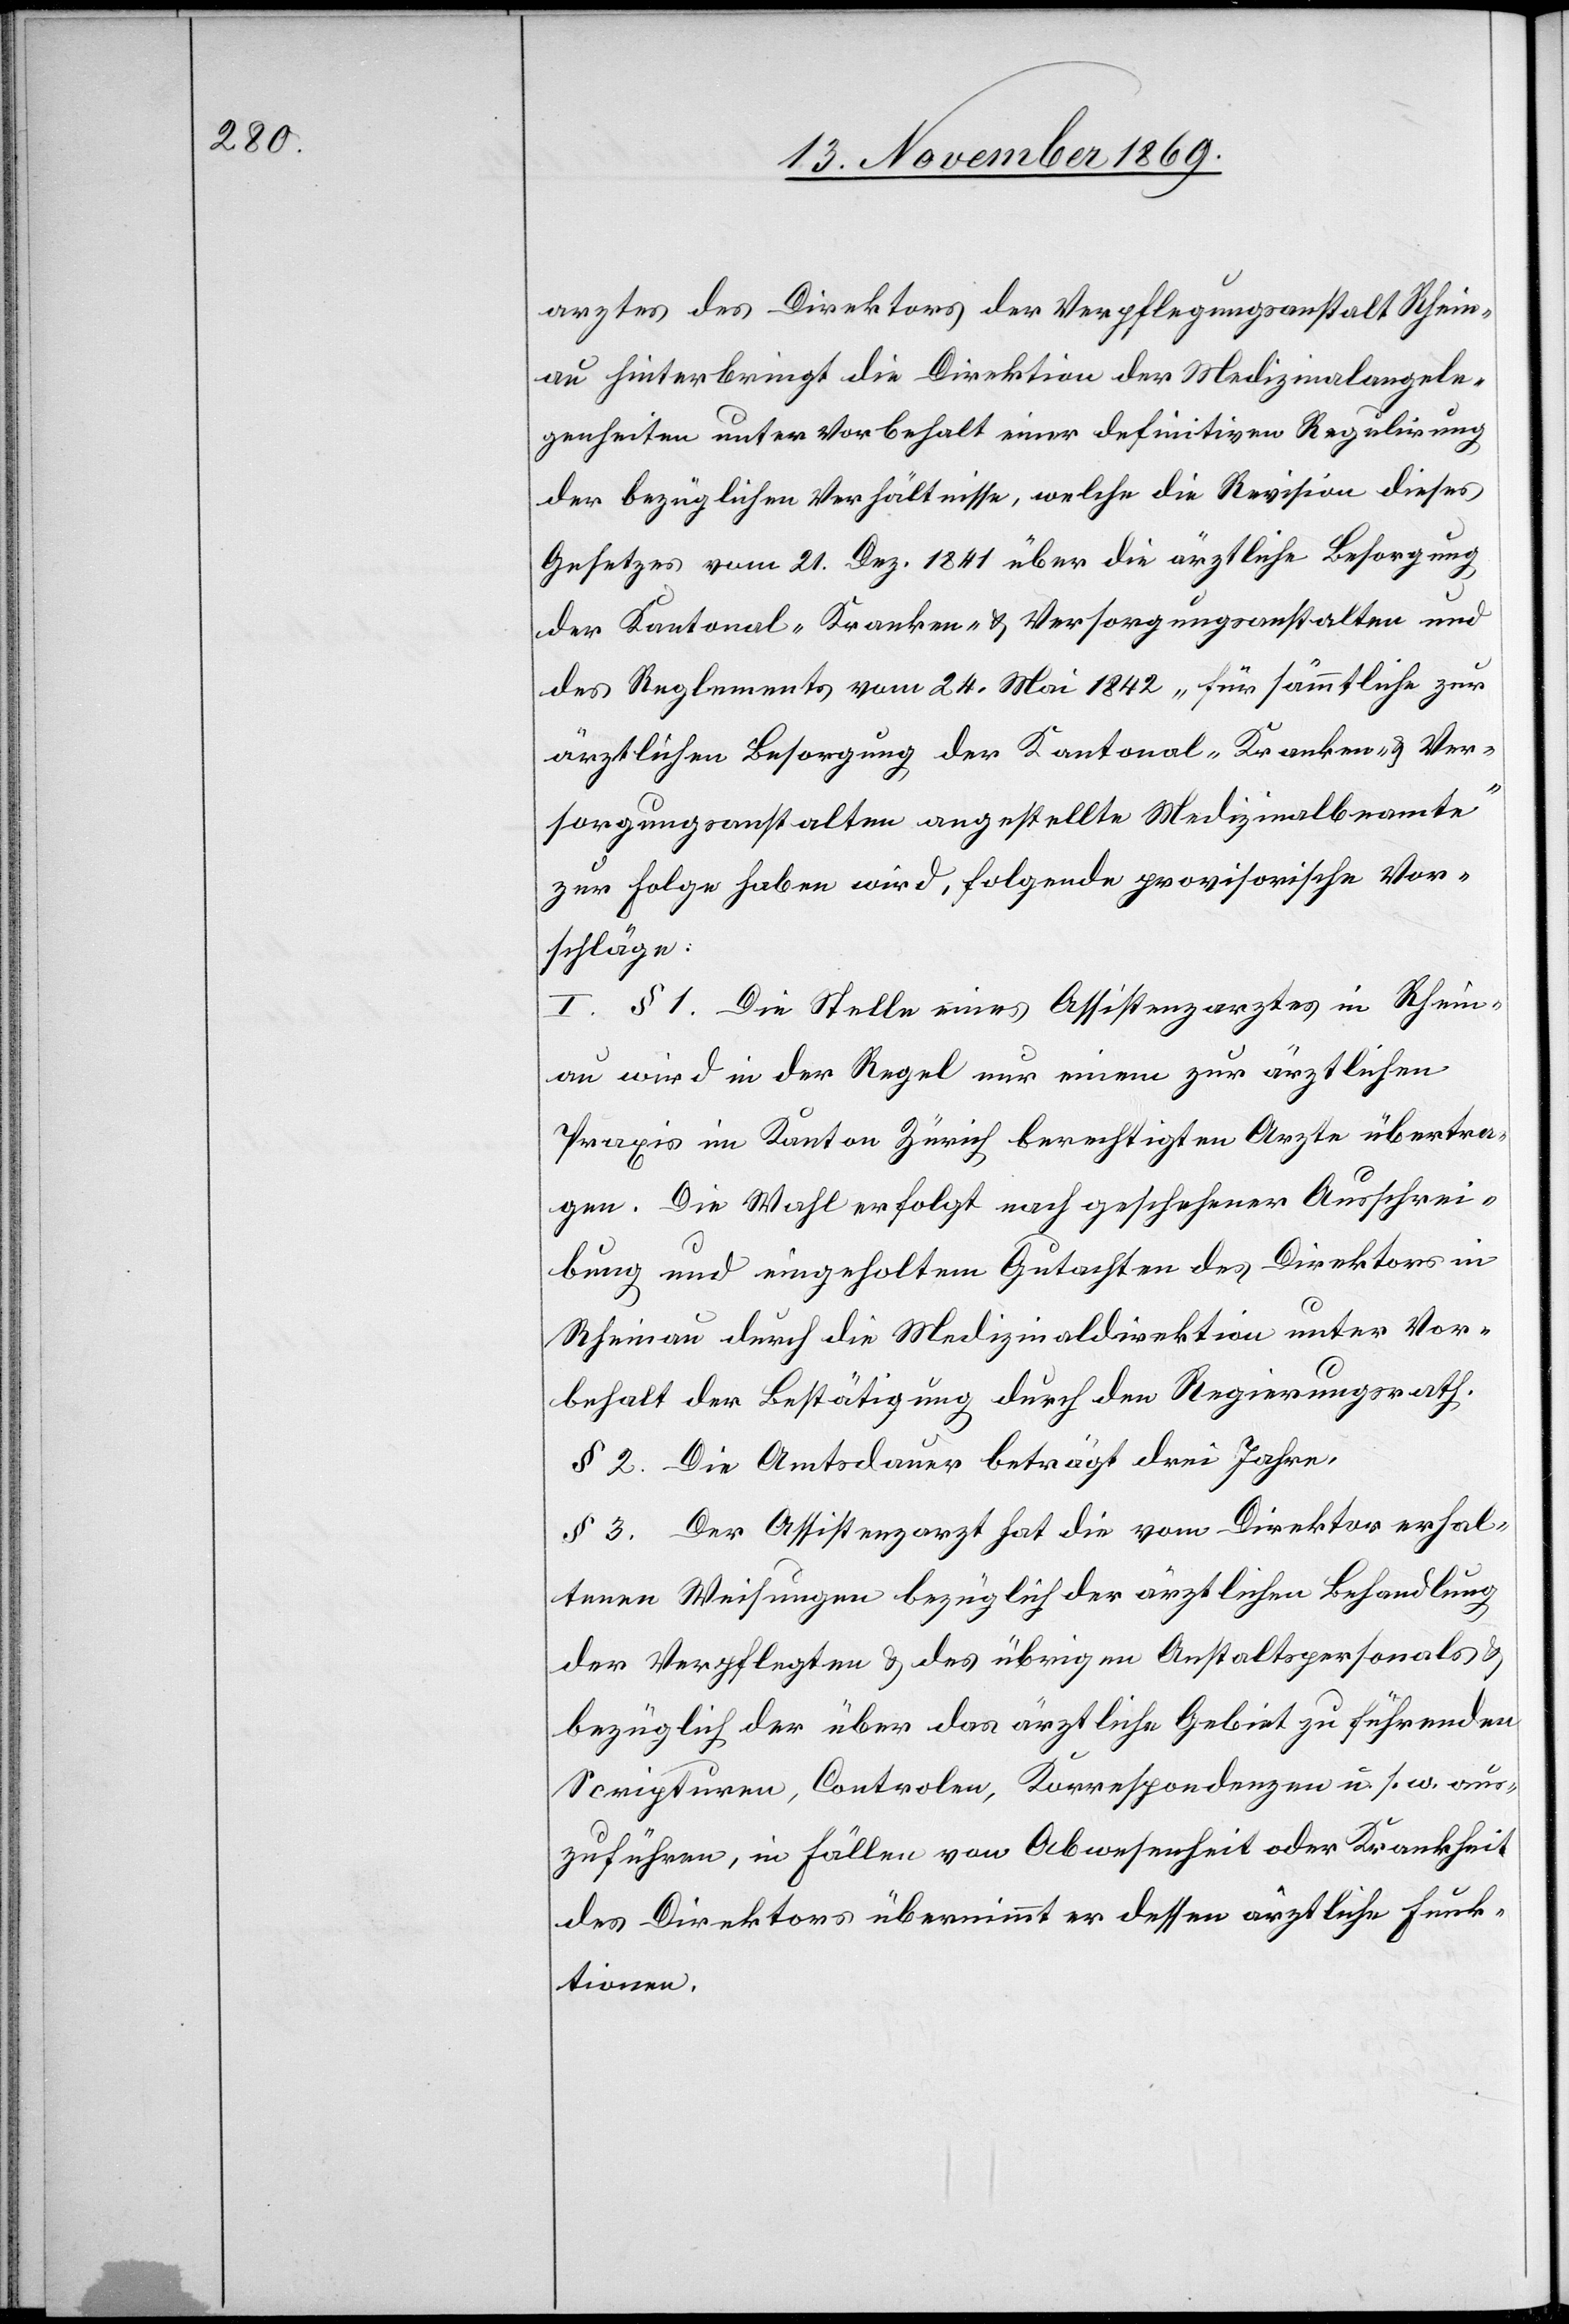
arztes des Direktors der Verpflegungsanstalt Rhein¬
au hinterbringt die Direktion der Medizinalangele¬
genheiten unter Vorbehalt einer definitiven Regulirung
der bezüglichen Verhältnisse, welche die Revision dieses
Gesetzes vom 21. Dez. 1841 über die ärztliche Besorgung
der Kantonal-Kranken- & Versorgungsanstalten und
des Reglements vom 24. Mai 1842 „für sämmtliche zur
ärztlichen Besorgung der Kantonal-Kranken- & Ver¬
sorgungsanstalten angestellte Medizinalbeamte“
zur Folge haben wird, folgende provisorische Vor¬
schläge:
I. § 1. Die Stelle eines Assistenzarztes in Rhein¬
au wird in der Regel nur einem zur ärztlichen
Praxis im Kanton Zürich berechtigten Arzte übertra¬
gen. Die Wahl erfolgt nach geschehener Ausschrei¬
bung und eingeholtem Gutachten des Direktors in
Rheinau durch die Medizinaldirektion unter Vor¬
behalt der Bestätigung durch den Regierungsrath.
§ 2. Die Amtsdauer beträgt drei Jahre.
§ 3. Der Assistenzarzt hat die vom Direktor erhal¬
tenen Weisungen bezüglich der ärztlichen Behandlung
der Verpflegten & des übrigen Anstaltspersonals &
bezüglich der über das ärztliche Gebiet zu führenden
Scripturen, Controlen, Korrespondenzen u. s. w. aus¬
zuführen, in Fällen von Abwesenheit oder Krankheit
des Direktors übernimmt er dessen ärztliche Funk¬
tionen.